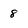
Character: 8